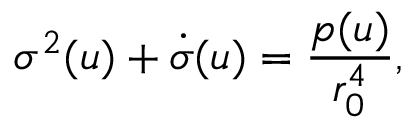
\sigma ^ { 2 } ( u ) + \dot { \sigma } ( u ) = \frac { p ( u ) } { r _ { 0 } ^ { 4 } } ,